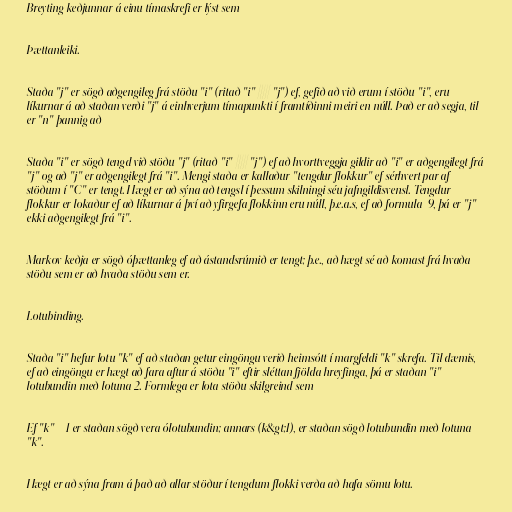
Breyting keðjunnar á einu tímaskrefi er lýst sem

Þættanleiki.

Staða "j" er sögð aðgengileg frá stöðu "i" (ritað "i" → "j") ef, gefið að við erum í stöðu "i", eru
líkurnar á að staðan verði "j" á einhverjum tímapunkti í framtíðinni meiri en núll. Það er að segja, til
er "n" þannig að

Staða "i" er sögð tengd við stöðu "j" (ritað "i" ↔ "j") ef að hvorttveggja gildir að "i" er aðgengilegt frá
"j" og að "j" er aðgengilegt frá "i". Mengi staða er kallaður "tengdur flokkur" ef sérhvert par af
stöðum í "C" er tengt. Hægt er að sýna að tengsl í þessum skilningi séu jafngildisvensl. Tengdur
flokkur er lokaður ef að líkurnar á því að yfirgefa flokkinn eru núll, þ.e.a.s, ef að formula_9, þá er "j"
ekki aðgengilegt frá "i".

Markov keðja er sögð óþættanleg ef að ástandsrúmið er tengt; þ.e., að hægt sé að komast frá hvaða
stöðu sem er að hvaða stöðu sem er.

Lotubinding.

Staða "i" hefur lotu "k" ef að staðan getur eingöngu verið heimsótt í margfeldi "k" skrefa. Til dæmis,
ef að eingöngu er hægt að fara aftur á stöðu "i" eftir sléttan fjölda hreyfinga, þá er staðan "i"
lotubundin með lotuna 2. Formlega er lota stöðu skilgreind sem

Ef "k" = 1 er staðan sögð vera ólotubundin; annars (k&gt;1), er staðan sögð lotubundin með lotuna
"k".

Hægt er að sýna fram á það að allar stöður í tengdum flokki verða að hafa sömu lotu.